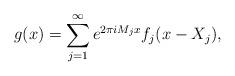
LaTeX: \begin{align*}g(x) = \sum_{j=1}^{\infty} e^{2\pi iM_j x} f_j(x-X_j),\end{align*}